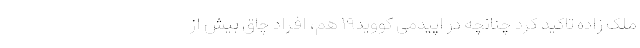
ملک زاده تاکید کرد چنانچه در اپیدمی کووید۱۹ هم، افراد چاق بیش از